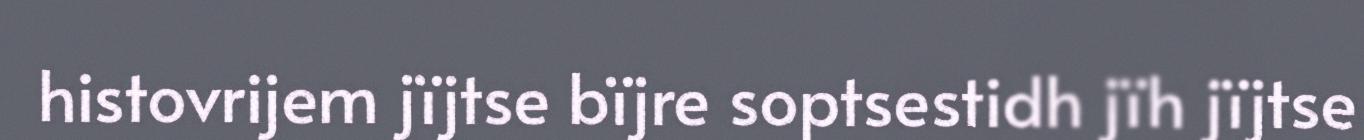
histovrijem jïjtse bïjre soptsestidh jïh jïjtse